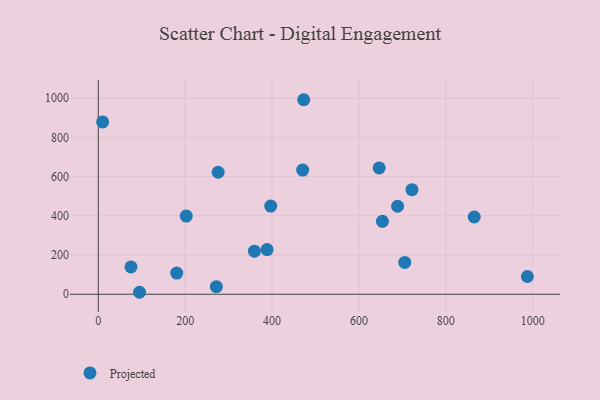
{"axis": {"x": "Investment", "y": "Fuel Efficiency"}, "legend": ["Projected"], "data": [{"x": "10.0", "y": 879.2, "type": "Projected"}, {"x": "276.0", "y": 622.4, "type": "Projected"}, {"x": "75.3", "y": 139.6, "type": "Projected"}, {"x": "987.9", "y": 90.5, "type": "Projected"}, {"x": "202.5", "y": 398.7, "type": "Projected"}, {"x": "865.5", "y": 394.0, "type": "Projected"}, {"x": "705.6", "y": 162.3, "type": "Projected"}, {"x": "470.5", "y": 633.5, "type": "Projected"}, {"x": "359.6", "y": 219.7, "type": "Projected"}, {"x": "722.2", "y": 533.7, "type": "Projected"}, {"x": "271.8", "y": 38.8, "type": "Projected"}, {"x": "397.1", "y": 449.8, "type": "Projected"}, {"x": "654.1", "y": 372.3, "type": "Projected"}, {"x": "646.7", "y": 644.3, "type": "Projected"}, {"x": "180.6", "y": 108.1, "type": "Projected"}, {"x": "95.0", "y": 10.1, "type": "Projected"}, {"x": "473.0", "y": 992.4, "type": "Projected"}, {"x": "689.1", "y": 448.9, "type": "Projected"}, {"x": "388.7", "y": 228.1, "type": "Projected"}]}